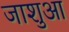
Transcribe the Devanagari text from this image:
जाशुआ